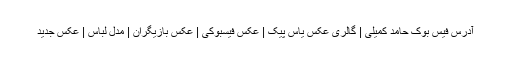
آدرس فیس بوک حامد کمیلی | گالری عکس یاس پیک | عکس فیسبوکی | عکس بازیگران | مدل لباس | عکس جدید